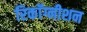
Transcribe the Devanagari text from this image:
रिकाॅग्नीशन